Scientific memoirs by medical officers of the Army of India - Part I,
Year: 1884
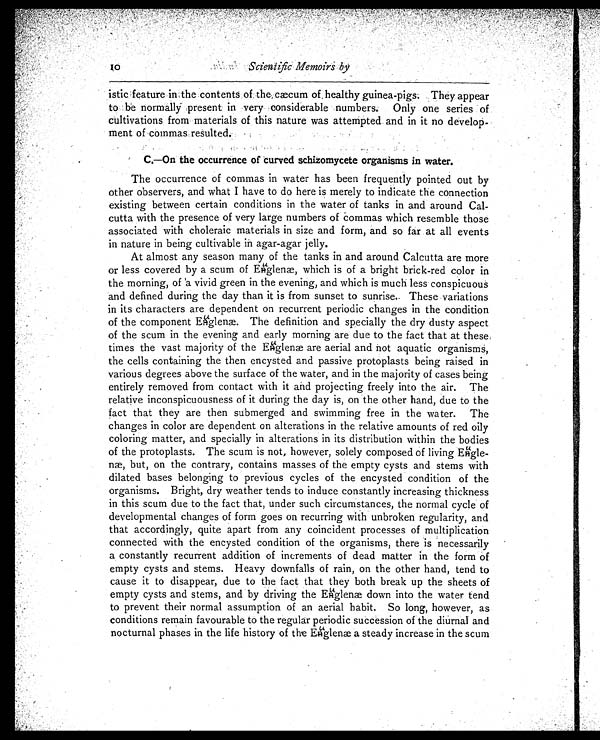
istic feature in the contents of the, cæcum of healthy guinea-pigs. They appear
to be normally present in very considerable numbers. Only one series of
cultivations from materials of this nature was attempted and in it no develop
-ment of commas, resulted.
C.—On the occurrence of curved schizomycete organisms in water.
The occurrence of commas in water has been frequently pointed out by
other observers, and what I have to do here is merely to indicate the connection
existing between certain conditions in the water of tanks in and around Cal
-cutta with the presence of very large numbers of commas which resemble those
associated with choleraic materials in size and form, and so far at all events
in nature in being cultivable in agar-agar jelly.
At almost any season many of the tanks in and around Calcutta are more
or less covered by a scum of Euglenæ, which is of a bright brick-red color in
the morning, of a vivid green in the evening, and which is much less conspicuous
and defined during the day than it is from sunset to sunrise. These variations
in its characters are dependent on recurrent periodic changes in the condition
of the component Eugleæ. The definition and specially the dry dusty aspect
of the scum in the evening and early morning are due to the fact that at these
times the vast majority of the Euglenæ are aerial and not aquatic organisms,
the cells containing the then encysted and passive protoplasts being raised in
various degrees above the surface of the water, and in the majority of cases being
entirely removed from contact with it and projecting freely into the air. The
relative inconspicuousness of it during the day is, on the other hand, due to the
fact that they are then submerged and swimming free in the water. The
changes in color are dependent on alterations in the relative amounts of red oily
coloring matter, and specially in alterations in its distribution within the bodies
of the protoplasts. The scum is not, however, solely composed of living
E u g l e - n æ , b u t , o n t h e c o n t r a r y , c o n t a i n s m a s s e s o f t h e e m p t y c y s t s a n d s t e m s w i t h
dilated bases belonging to previous cycles of the encysted condition of the
organisms. Bright, dry weather tends to induce constantly increasing thickness
in this scum due to the fact that, under such circumstances, the normal cycle of
developmental changes of form goes on recurring with unbroken regularity, and
that accordingly, quite apart from any coincident processes of multiplication
connected with the encysted condition of the organisms, there is necessarily
a constantly recurrent addition of increments of dead matter in the form of
empty cysts and stems. Heavy downfalls of rain, on the other hand, tend to
cause it to disappear, due to the fact that they both break up the sheets of
empty cysts and stems, and by driving the Euglenæ down into the water tend
to prevent their normal assumption of an aerial habit. So long, however, as
conditions remain favourable to the regular periodic succession of the diurnal and
nocturnal phases in the life history of the Euglenæ a steady increase in the scum